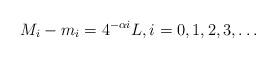
LaTeX: \begin{align*} M_i-m_i=4^{-\alpha i} L,i=0,1,2,3, \ldots \end{align*}